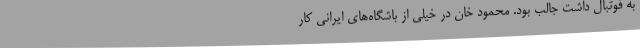
به فوتبال داشت جالب بود. محمود خان در خیلی از باشگاه‌های ایرانی کار